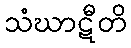
သံဃာဋီတိ